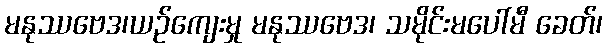
မနုဿဗေဒ၊ယဉ်ကျေးမှု မနုဿဗေဒ၊ သမိုင်းမပေါ်မီ ခေတ်၊